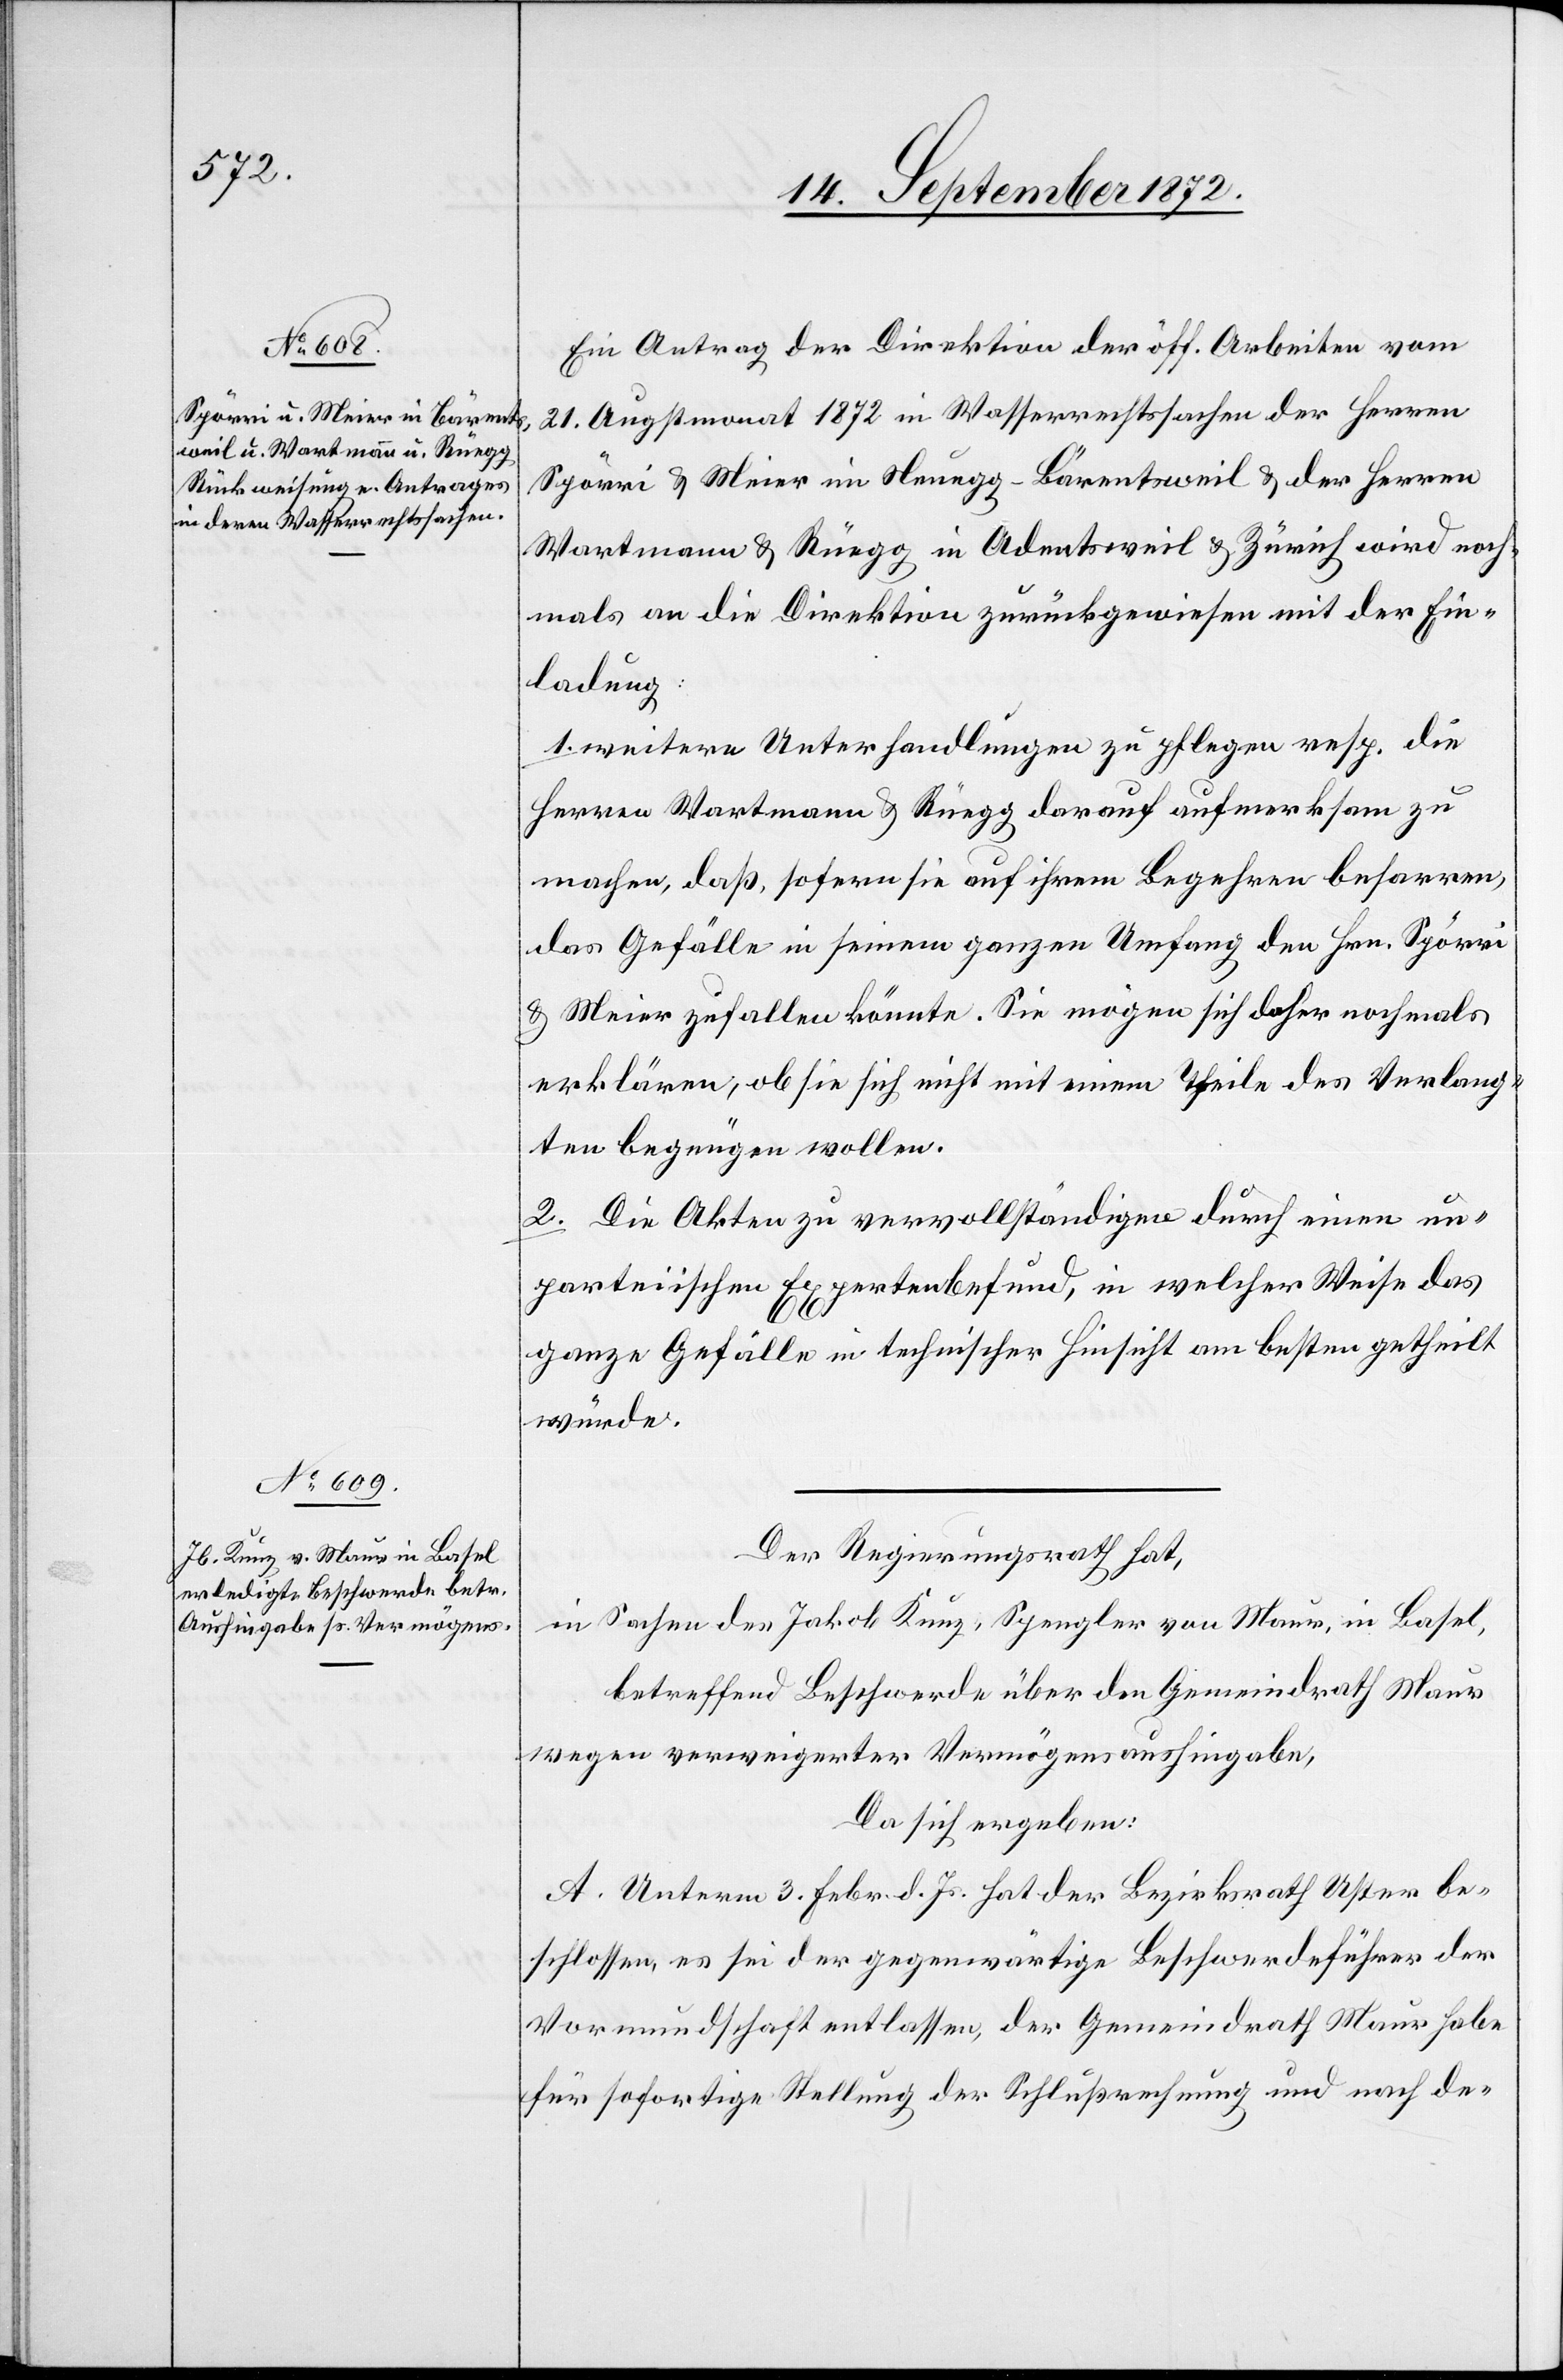
Ein Antrag der Direktion der öff. Arbeiten vom
21. Augstmonat 1872 in Wasserrechtssachen der Herren
Spörri u. Meier im Neuegg-Bärentsweil u. der Herren
Wartmann u. Rüegg in Adentsweil u. Zürich wird noch¬
mals an die Direktion zurückgewiesen mit der Ein¬
ladung:
1. weitere Unterhandlungen zu pflegen resp. die
Herren Wartmann u. Rüegg darauf aufmerksam zu
machen, daß, sofern sie auf ihrem Begehren beharren,
das Gefälle in seinem ganzen Umfang den Hrn. Spörri
u. Meier zufallen könnte. Sie mögen sich daher nochmals
erklären, ob sie sich nicht mit einem Theile des Verlang¬
ten begnügen wollen.
2. Die Akten zu vervollständigen durch einen un¬
parteiischen Expertenbefund, in welcher Weise das
ganze Gefälle in technischer Hinsicht am besten getheilt
würde.
Der Regierungsrath hat,
in Sachen des Jakob Kunz, Spengler von Maur, in Basel,
betreffend Beschwerde über den Gemeindrath Maur
wegen verweigerter Vermögensaushingabe,
Da sich ergeben:
A. Unterm 3. Febr. d. Js. hat der Bezirksrath Uster be¬
schlossen, es sei der gegenwärtige Beschwerdeführer der
Vormundschaft entlassen, der Gemeindrath Maur habe
für sofortige Stellung der Schlußrechnung und nach de-